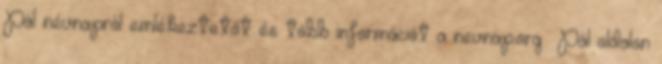
Pál névnapról emlékeztetőt és több információt a nevnap.org Pál oldalon